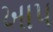
ખાપ